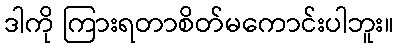
ဒါကို ကြားရတာစိတ်မကောင်းပါဘူး။